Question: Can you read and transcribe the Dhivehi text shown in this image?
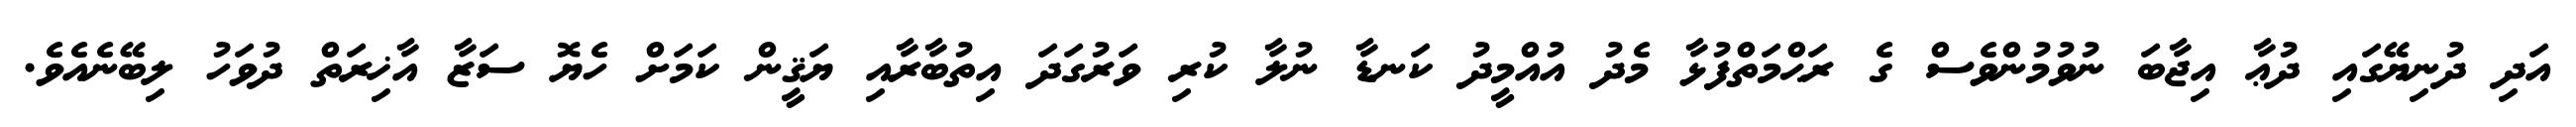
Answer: އަދި ދުނިޔޭގައި ދުޢާ އިޖާބަ ނުވުމުންވެސް ގެ ރަޙްމަތްފުޅާ މެދު އުއްމީދު ކަނޑާ ނުލާ ކުރި ވަރުގަދަ އިތުބާރާއި ޔަޤީން ކަމަށް ހެޔޮ ސަޒާ އާޚިރަތް ދުވަހު ލިބޭނެއެވެ.